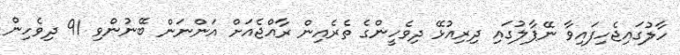
ހާލުގައިޖެހިފައިވާ ނޭޕާލުގައި ދިރިއުޅޭ ދިވެހީންގެ ތެރެއިން ރާއްޖެއަށް އަންނަން ބޭނުންވި 91 ދިވެހިން